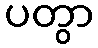
ပတွာ